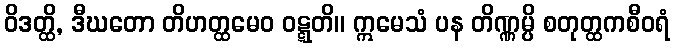
ဝိဒတ္ထိ, ဒီဃတော တိဟတ္ထမေဝ ဝဋ္ဋတိ။ ဣမေသံ ပန တိဏ္ဏမ္ပိ စတုတ္ထကစီဝရံ